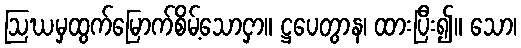
ဩဃမှထွက်မြောက်စိမ့်သောငှာ။ ဋ္ဌပေတွာန၊ ထားပြီး၍။ သော၊